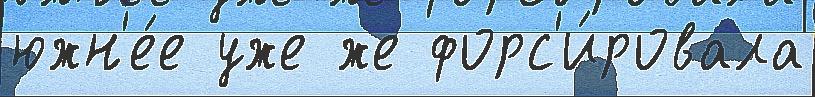
южн'е́е уже же форс'и́ровала